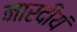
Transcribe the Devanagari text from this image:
नारदीयं